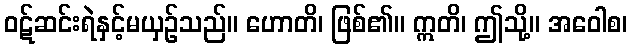
ဝဋ်ဆင်းရဲနှင့်မယှဉ်သည်။ ဟောတိ၊ ဖြစ်၏။ ဣတိ၊ ဤသို့။ အဝေါစ၊